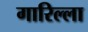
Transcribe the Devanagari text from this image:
गारिल्ला